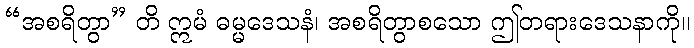
“အစရိတွာ” တိ ဣမံ ဓမ္မဒေသနံ၊ အစရိတွာစသော ဤတရားဒေသနာကို။